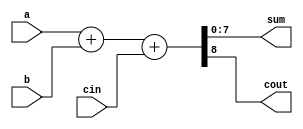
module  adder_8bit(
 input [7:0] a,b,
 input cin ,
 output [7:0] sum,
 output cout
);

assign {cout,sum}=a+b+cin;

endmodule